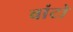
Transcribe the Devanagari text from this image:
वांटो